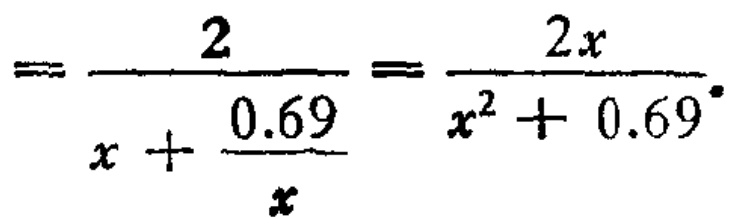
$=\frac{2}{x + \frac{0.69}{x}}=\frac{2x}{x^{2}+ 0.69}.$